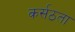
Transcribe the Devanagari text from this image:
कर्सठता